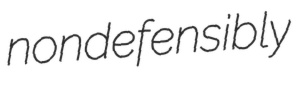
nondefensibly